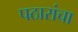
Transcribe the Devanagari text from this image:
पठारांचा